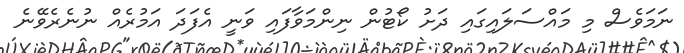
ނަމަވެސް މި މައްސަލައިގައި ދަށު ކޯޓުން ނިންމަވާފައި ވަނީ އެފަދަ އަމުރެއް ނުނެރެވޭނެ